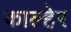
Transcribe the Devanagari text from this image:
काल्हेर